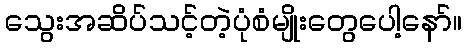
သွေးအဆိပ်သင့်တဲ့ပုံစံမျိုးတွေပေါ့နော်။